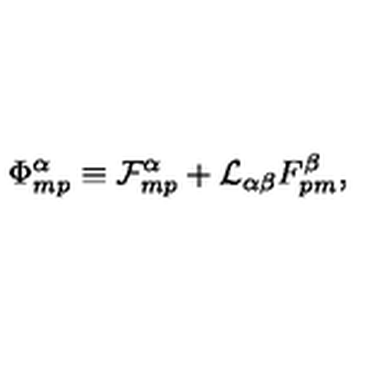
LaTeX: \Phi _ { m p } ^ { \alpha } \equiv { \cal F } _ { m p } ^ { \alpha } + { \cal L } _ { \alpha \beta } F _ { p m } ^ { \beta } ,